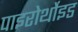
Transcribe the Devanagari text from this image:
पाइरोर्थोइड